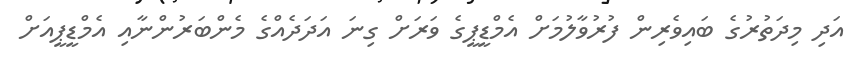
އަދި މިދަތުރުގެ ބައިވެރިން ފުރުވާލުމަށް އެމްޑީޕީގެ ވަރަށް ގިނަ އަދަދެއްގެ މެންބަރުންނާއި އެމްޑީޕީއަށް